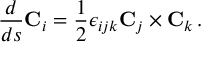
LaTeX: \frac { d } { d s } { \bf C } _ { i } = \frac { 1 } { 2 } \epsilon _ { i j k } { \bf C } _ { j } \times { \bf C } _ { k } \, .